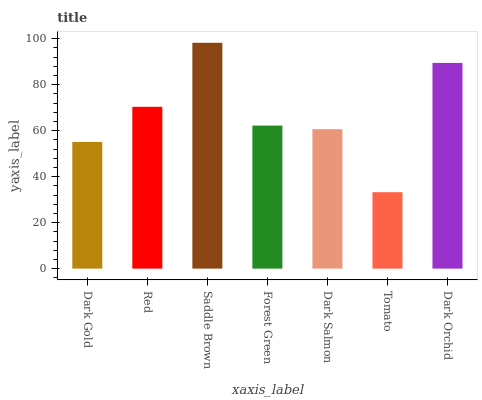
| xaxis_label | bars |
 | --- | --- |
 | Dark Gold | 55.1 |
 | Red | 70.4 |
 | Saddle Brown | 98.2 |
 | Forest Green | 62.2 |
 | Dark Salmon | 60.6 |
 | Tomato | 33.2 |
 | Dark Orchid | 89.5 |